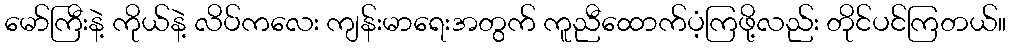
မော်ကြီးနဲ့ ကိုယ်နဲ့ လိပ်ကလေး ကျန်းမာရေးအတွက် ကူညီထောက်ပံ့ကြဖို့လည်း တိုင်ပင်ကြတယ်။